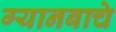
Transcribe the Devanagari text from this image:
ग्यानबाचे